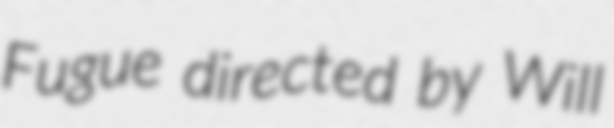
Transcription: Fugue directed by Will